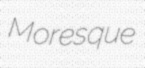
Moresque